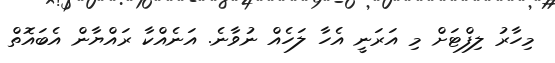
މިހާރު ލިފްޓަށް މި އަރަނީ އެހާ ލަހެއް ނުވާނެ. އަނެއްކާ ރައްޔާން އެބައޮތް